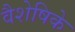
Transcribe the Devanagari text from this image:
वैशेषिके